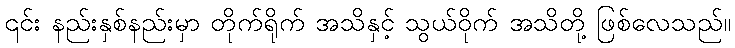
၎င်း နည်းနှစ်နည်းမှာ တိုက်ရိုက် အသိနှင့် သွယ်ဝိုက် အသိတို့ ဖြစ်လေသည်။